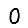
Digit: 0